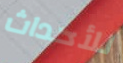
للأحداث